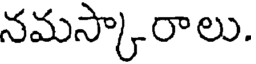
నమస్కారాలు.